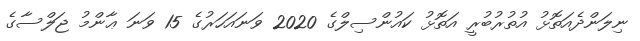
ނިލަންދެއަތޮޅު އުތުރުބުރީ އަތޮޅު ކައުންސިލްގެ 2020 ވަނައަހަރުގެ 15 ވަނަ ޢާންމު ޖަލްސާގެ